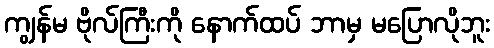
ကျွန်မ ဗိုလ်ကြီးကို နောက်ထပ် ဘာမှ မပြောလိုဘူး